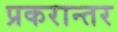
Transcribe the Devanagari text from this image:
प्रकरान्तर